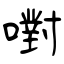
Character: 嚉